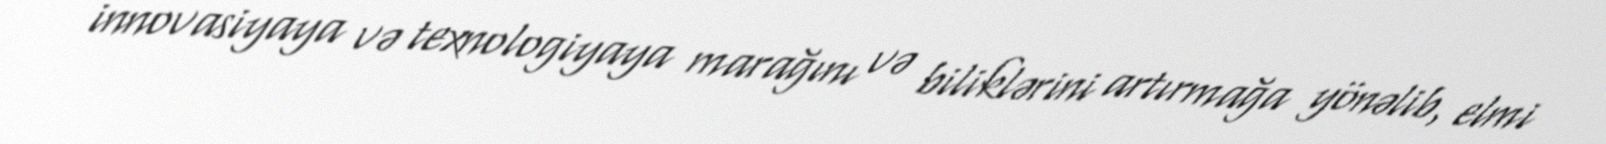
innovasiyaya və texnologiyaya marağını və biliklərini artırmağa yönəlib, elmi